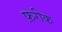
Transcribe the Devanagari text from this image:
फ़रीक